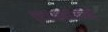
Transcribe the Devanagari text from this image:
एटायमोलॉजी